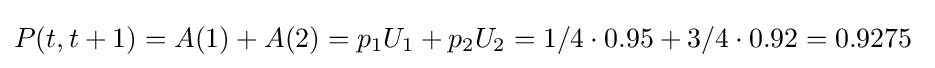
P(t,t+1)=A(1)+A(2)=p_{1}U_{1}+p_{2}U_{2}=1/4\cdot 0.95+3/4\cdot 0.92=0.9275~